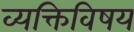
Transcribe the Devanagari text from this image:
व्यक्तिविषय